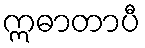
ဣဓာတာပီ